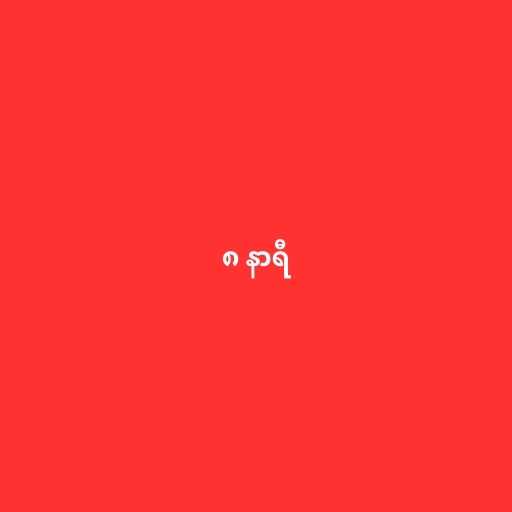
၈ နာရီ